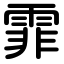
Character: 霏